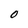
Character: O